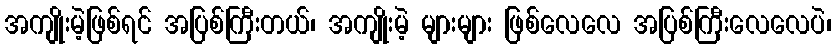
အကျိုးမဲ့ဖြစ်ရင် အပြစ်ကြီးတယ်၊ အကျိုးမဲ့ များများ ဖြစ်လေလေ အပြစ်ကြီးလေလေပဲ၊